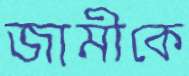
জামীকে